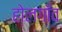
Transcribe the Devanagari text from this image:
होलगाँव